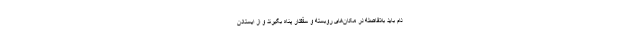
دام باید بلافاصله در مکان‌های روبسته و سقفدار پناه بگیرند و از ایستادن